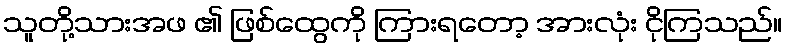
သူတို့သားအဖ ၏ ဖြစ်ထွေကို ကြားရတော့ အားလုံး ငိုကြသည်။